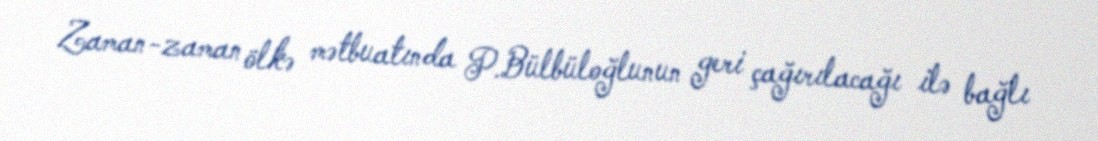
Zaman-zaman ölkə mətbuatında P.Bülbüloğlunun geri çağırılacağı ilə bağlı